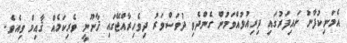
އެމަނިކުފާނު ނައިފަރުގައި ދިރިއުޅުއްވަމުން ގެންދެވި ދުވަސްވަރު ދިވެހިރާއްޖޭގައި ޤާނޫނީ ވެރިކަމެއް ޤާއިމް ވިއެވެ.